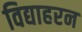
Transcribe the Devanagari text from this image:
विद्याहरन